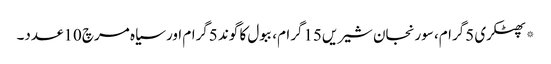
*پھٹکری 5گرام، سورنجان شیریں15گرام، ببول کا گوند 5گرام اور سیاہ مرچ 10عدد۔